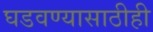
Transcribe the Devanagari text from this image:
घडवण्यासाठीही